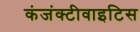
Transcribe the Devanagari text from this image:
कंजंक्टीवाइटिस